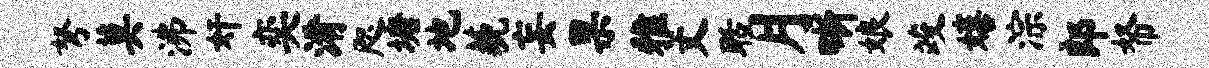
弩莫沸奸奕淆咫塘地藐妄果雅丈聒月晰娘竣嬉淙郎帑